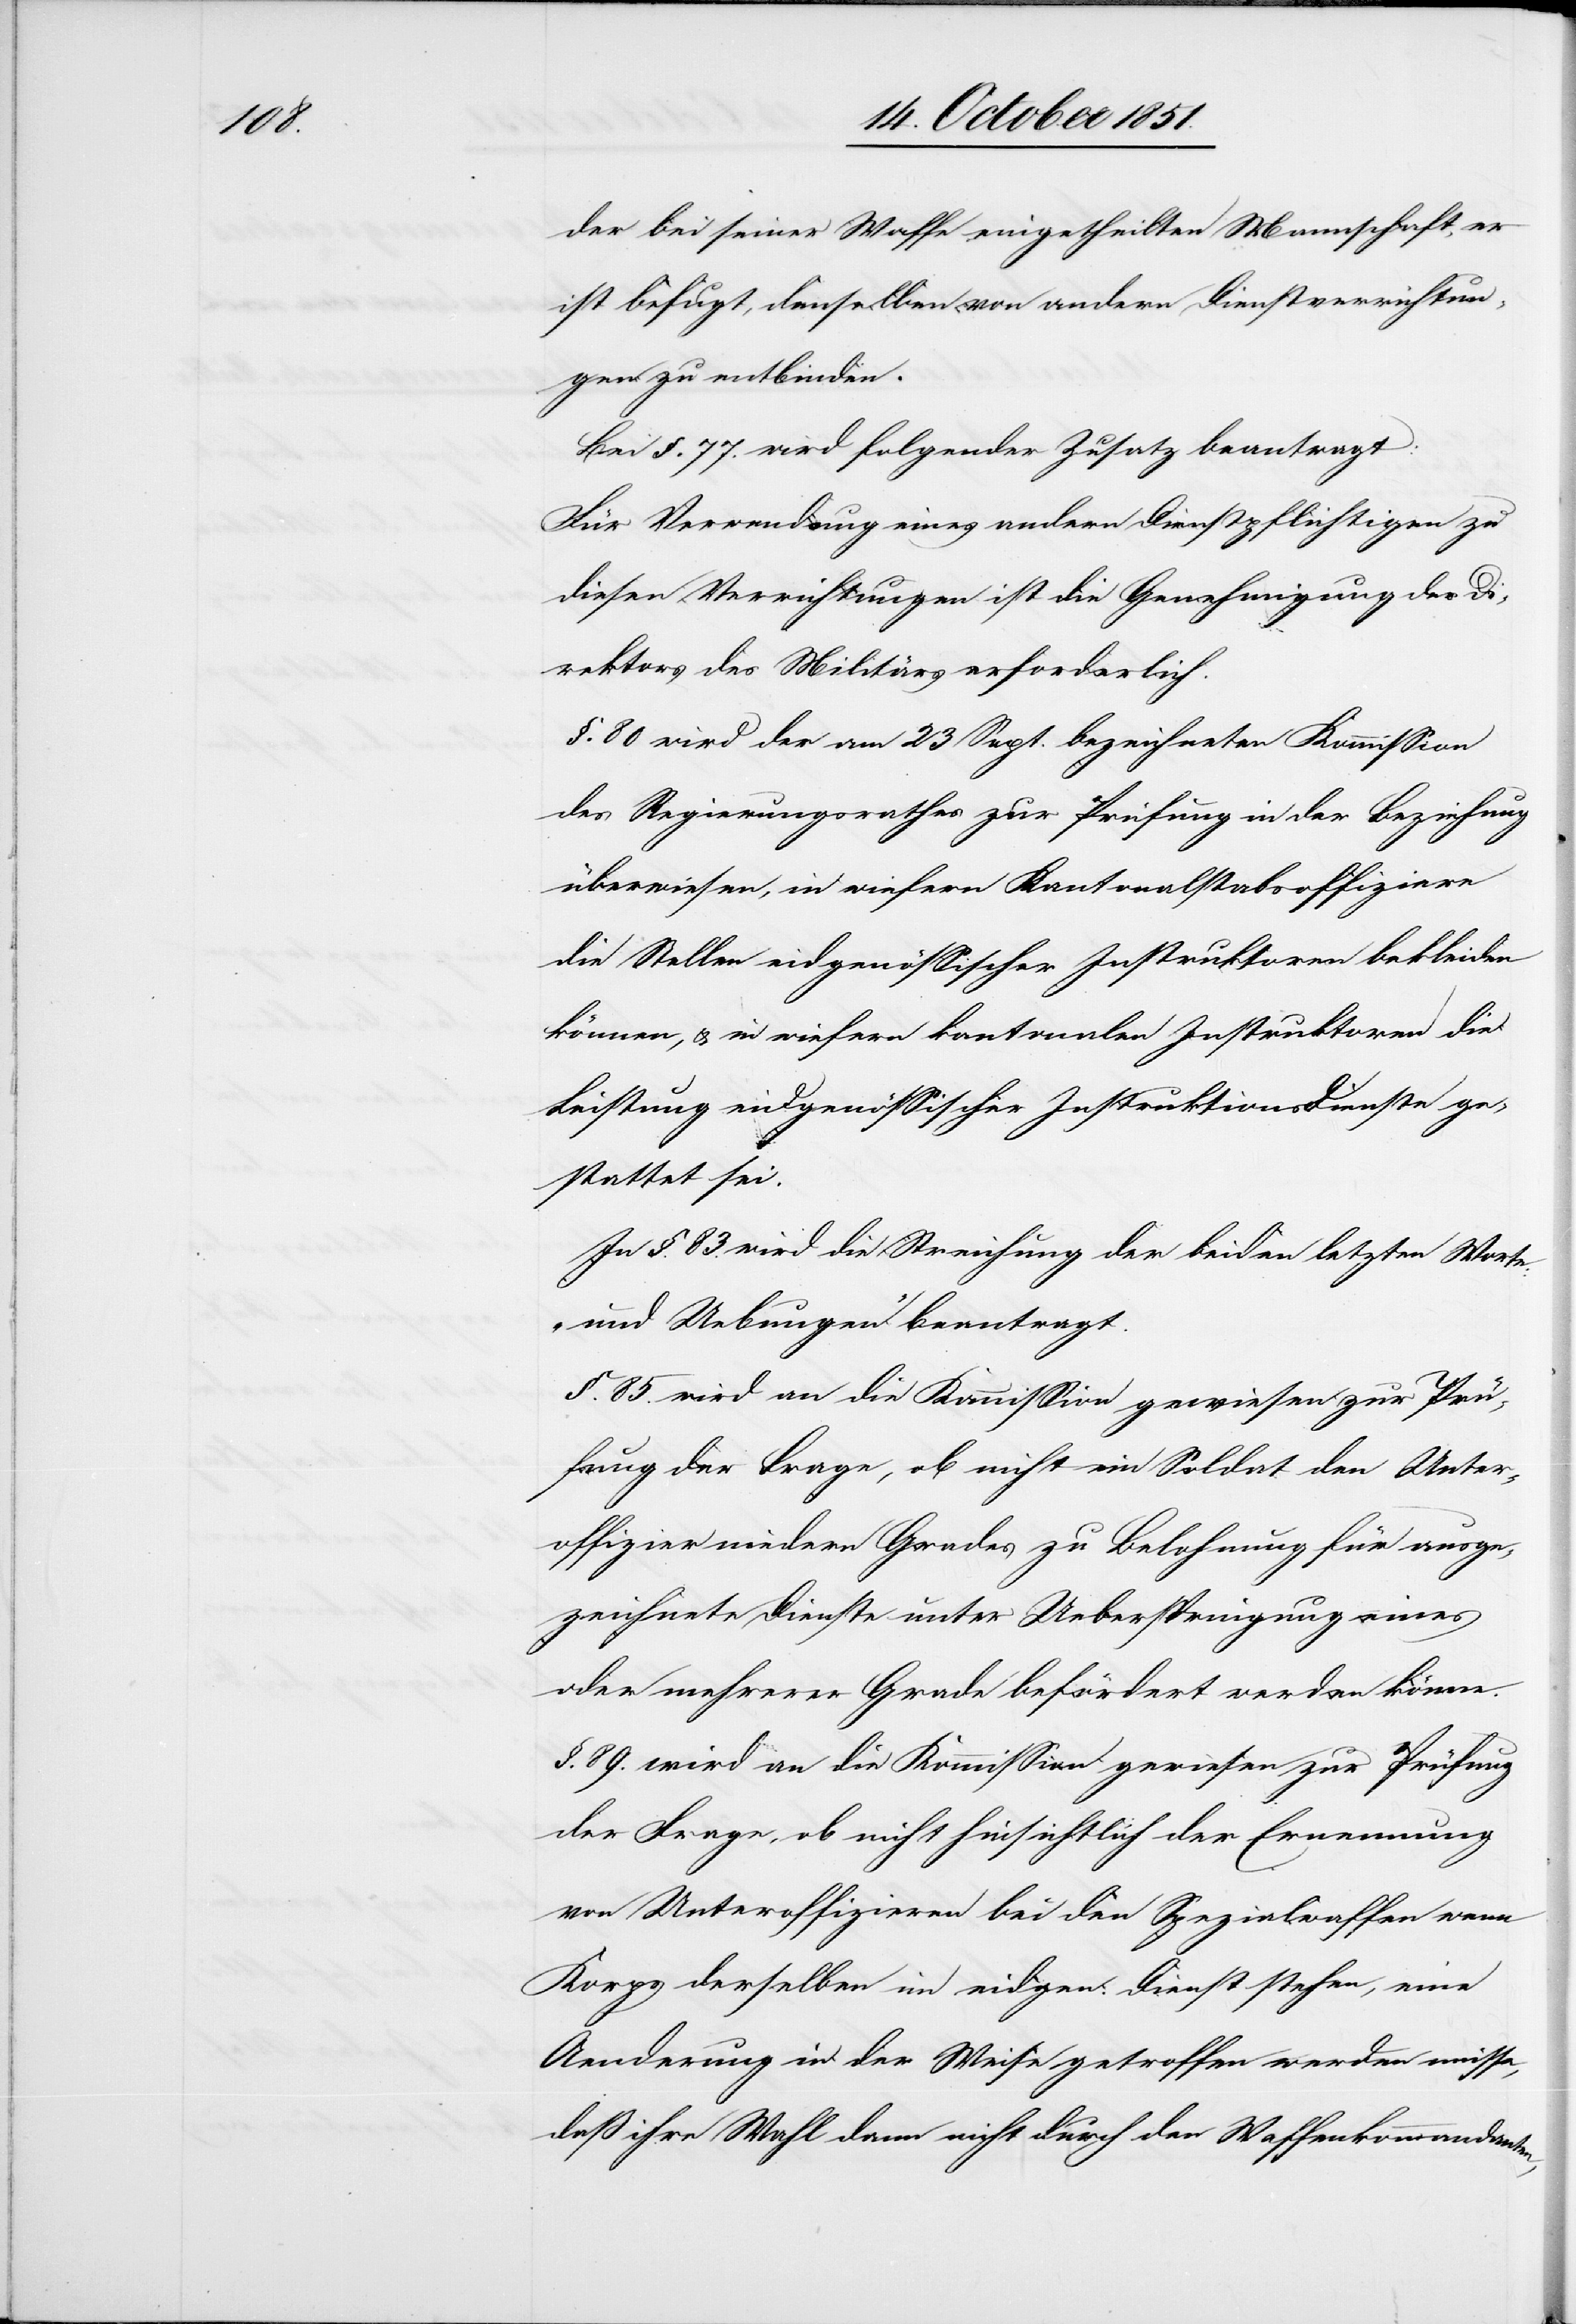
der bei seiner Waffe eingetheilten Mannschaft, er
ist befugt, denselben von andern Dienstverrichtun¬
gen zu entbinden.[“]
Bei §. 77. wird folgender Zusatz beantragt:
Für Verwendung eines andern Dienstpflichtigen zu
diesen Verrichtungen ist die Genehmigung des Di¬
rektors des Militärs erforderlich.
§. 80 wird der am 23 Sept. bezeichneten Kommission
des Regierungsrathes zur Prüfung in der Beziehung
überwiesen, in wiefern Kantonalstabsoffiziere
die Stellen eidgenössischer Instruktoren bekleiden
können, & in wiefern kantonalen Instruktoren die
Leistung eidgenössischer Instruktionsdienste ge¬
stattet sei.
In §. 83. wird die Streichung der beiden letzten Worte:
„und Uebungen“ beantragt.
§. 85. wird an die Kommission gewiesen zur Prü¬
fung der Frage, ob nicht ein Soldat den Unter¬
offizier niedern Grades zu Belohnung für ausge¬
zeichnete Dienste unter Ueberspringung eines
oder mehrerer Grade befördert werden könne.
§. 89. wird an die Kommission gewiesen zur Prüfung
der Frage, ob nicht hinsichtlich der Ernennung
von Unteroffizieren bei den Spezialwaffen wenn
Korps derselben im eidgen: Dienst stehen, eine
Aenderung in der Weise getroffen werden müsse,
daß ihre Wahl dann nicht durch den Waffenkommandanten,